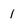
Character: 1